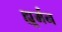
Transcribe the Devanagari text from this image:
ह्यूर्मन